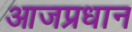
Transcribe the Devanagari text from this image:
आजप्रधान